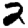
Digit: 2